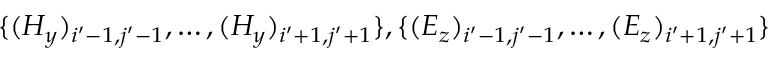
\{ ( H _ { y } ) _ { i ^ { \prime } - 1 , j ^ { \prime } - 1 } , \ldots , ( H _ { y } ) _ { i ^ { \prime } + 1 , j ^ { \prime } + 1 } \} , \{ ( E _ { z } ) _ { i ^ { \prime } - 1 , j ^ { \prime } - 1 } , \ldots , ( E _ { z } ) _ { i ^ { \prime } + 1 , j ^ { \prime } + 1 } \}